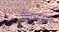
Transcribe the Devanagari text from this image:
प्रीव्यूअर